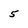
Character: 5